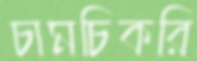
চামচিকরি